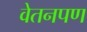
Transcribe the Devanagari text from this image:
वेतनपण